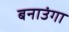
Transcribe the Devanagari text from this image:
बनाउंगा